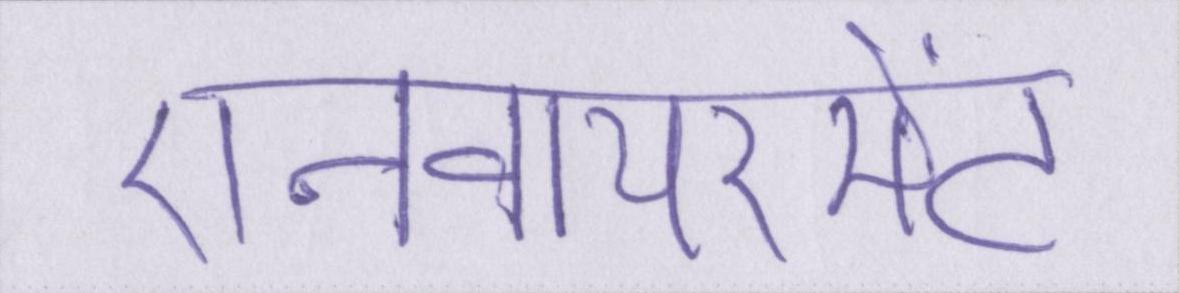
एनवायरमेंट